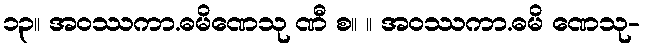
၁၃။ အဝဿကာ.ဓမိဏေသု ဏီ စ။ ။ အဝဿကာ.ဓမိ ဏေသု-